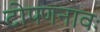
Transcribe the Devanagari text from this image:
टोपणनावः